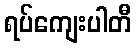
ရပ်ကျေးပါတီ